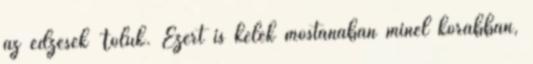
az edzések Tőlük. Ezért is kelek mostanában minél korábban,